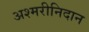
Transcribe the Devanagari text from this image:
अश्मरीनिदान